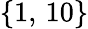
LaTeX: \lbrace 1,\, 10\rbrace